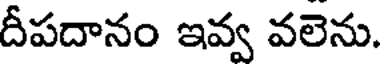
దీపదానం ఇవ్వ వలెను.